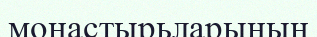
монастырьларының